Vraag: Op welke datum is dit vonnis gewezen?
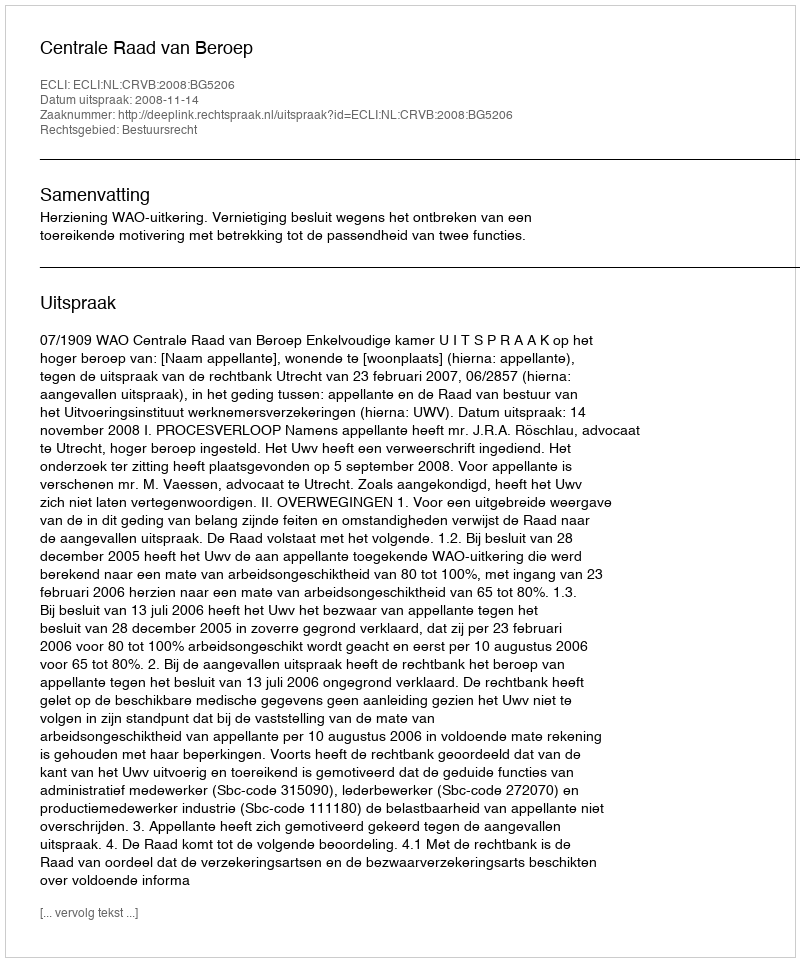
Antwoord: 2008-11-14